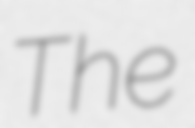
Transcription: The